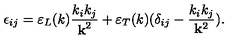
\epsilon _ { i j } = \varepsilon _ { L } ( k ) { \frac { k _ { i } k _ { j } } { { \bf k } ^ { 2 } } } + \varepsilon _ { T } ( k ) ( \delta _ { i j } - { \frac { k _ { i } k _ { j } } { { \bf k } ^ { 2 } } } ) .